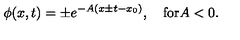
\phi ( x , t ) = \pm e ^ { - A ( x \pm t - x _ { 0 } ) } , \quad \mathrm { f o r } A < 0 .